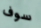
سوف